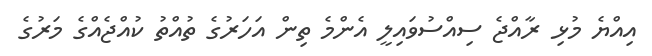
އިއްޔެ މުޅި ރާއްޖެ ސިއްސުވައިލީ އެންމެ ތިން އަހަރުގެ ތުއްތު ކުއްޖެއްގެ މަރުގެ